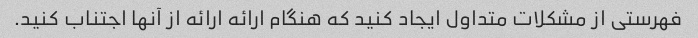
فهرستی از مشکلات متداول ایجاد کنید که هنگام ارائه ارائه از آنها اجتناب کنید.